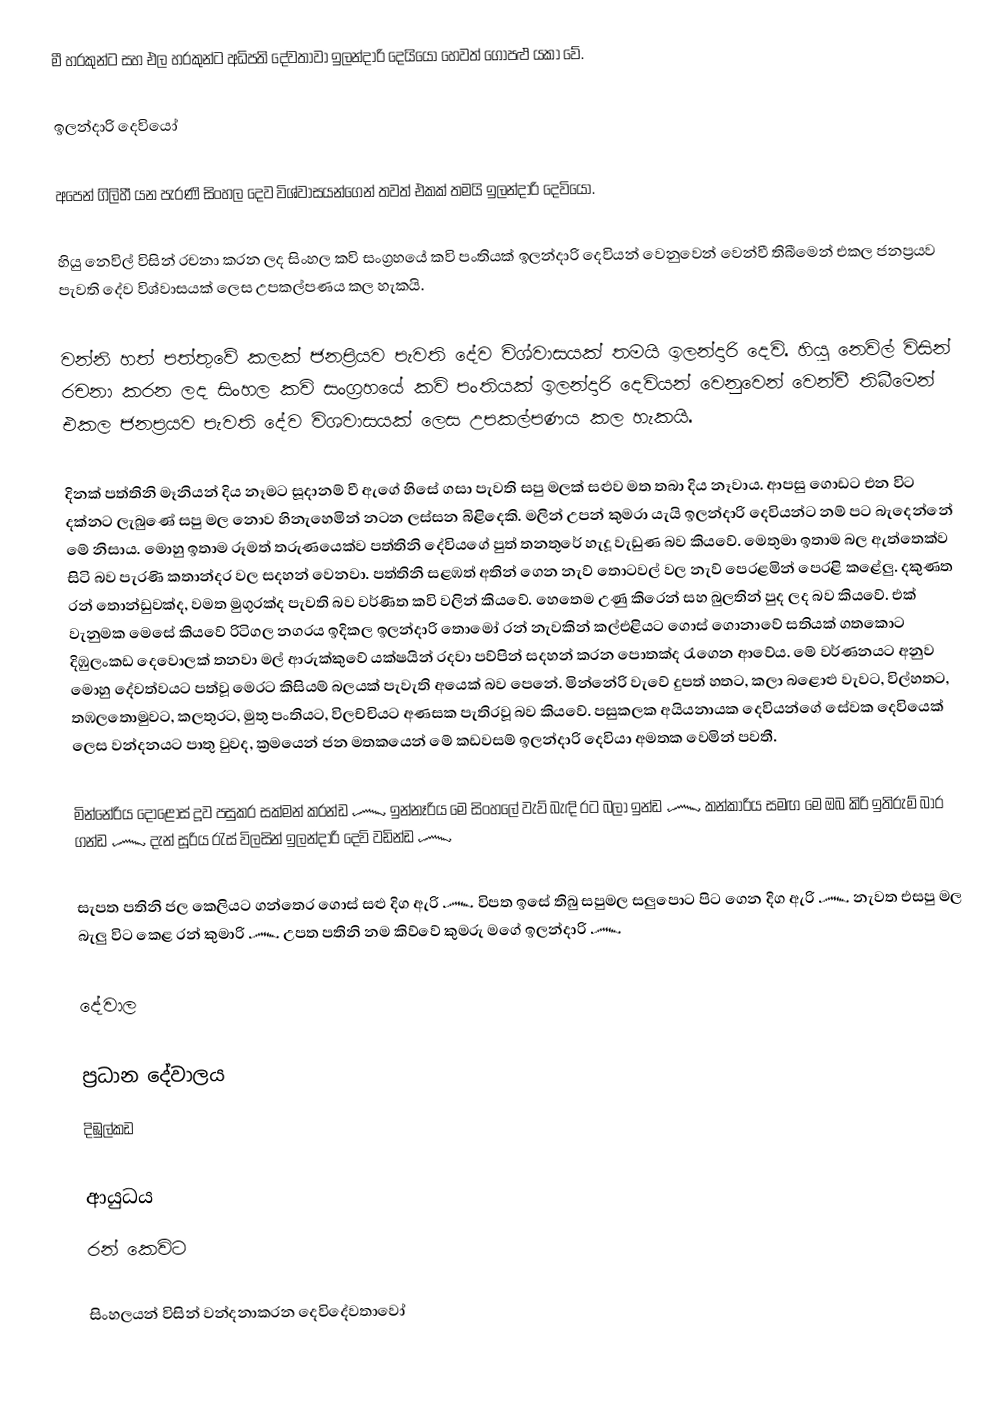
මී හරකුන්ට සහ එල හරකුන්ට අධිපති දේවතාවා ඉලන්දාරි දෙයියෝ හෙවත් ගොපළු යකා වේ.

ඉලන්දාරි දෙවියෝ

අපෙන් ගිලිහී යන පැරණි සිංහල දෙව විශ්වාසයන්ගෙන් තවත් එකක් තමයි ඉලන්දාරි දෙවියෝ.

හියු නෙවිල් විසින් රචනා කරන ලද සිංහල කවි සංග්‍රහයේ කවි පංතියක් ඉලන්දාරි දෙවියන් වෙනුවෙන් වෙන්වී තිබීමෙන් එකල ජනප්‍රයව පැවති දේව විශ්වාසයක් ලෙස උපකල්පණය කල හැකයි.

වන්නි හත් පත්තුවේ කලක් ජනප්‍රියව පැවති දේව විශ්වාසයක් තමයි ඉලන්දාරි දෙවි. හියු නෙවිල් විසින් රචනා කරන ලද සිංහල කවි සංග්‍රහයේ කවි පංතියක් ඉලන්දාරි දෙවියන් වෙනුවෙන් වෙන්වී තිබීමෙන් එකල ජනප්‍රයව පැවති දේව විශවාසයක් ලෙස උපකල්පණය කල හැකයි.

දිනක් පත්තිනි මෑනියන් දිය නෑමට සූදානම් වී ඇගේ හිසේ ගසා පැවති සපු මලක් සළුව මත තබා දිය නෑවාය. ආපසු ගොඩට එන විට දක්නට ලැබුණේ සපු මල නොව හිනැහෙමින් නටන ලස්සන බිළිදෙකි. මලින් උපන් කුමරා යැයි ඉලන්දාරි දෙවියන්ට නම් පට බැදෙන්නේ මේ නිසාය. මොහු ඉතාම රූමත් තරුණයෙක්ව පත්තිනි දේවියගේ පුත් තනතුරේ හැදූ වැඩුණ බව කියවේ. මෙතුමා ඉතාම බල ඇත්තෙක්ව සිටි බව පැරණි කතාන්දර වල සදහන් වෙනවා. පත්තිනි සළඹත් අතින් ගෙන නැව් තොටවල් වල නැව් පෙරළමින් පෙරළි කළේලු. දකුණත රන් තොන්ඩුවක්ද, වමත මුගුරක්ද පැවති බව වර්ණිත කවි වලින් කියවේ. හෙතෙම උණු කිරෙන් සහ බුලතින් පුද ලද බව කියවේ. එක් වැනුමක මෙසේ කියවේ රිටිගල නගරය ඉදිකල ඉලන්දාරි තොමෝ රන් නැවකින් කල්එළියට ගොස් ගොනාවේ සතියක් ගතකොට දිඹුලංකඩ දෙවොලක් තනවා මල් ආරුක්කුවේ යක්ෂයින් රදවා පව්පින් සදහන් කරන පොතක්ද රැගෙන ආවේය. මේ වර්ණනයට අනුව මොහු දේවත්වයට පත්වූ මෙරට කිසියම් බලයක් පැවැති අයෙක් බව පෙනේ. මින්නේරි වැවේ දුපත් හතට, කලා බළොළු වැවට, විල්හතට, තඹලතොමුවට, කලතුරට, මුතු පංතියට, විලච්චියට අණසක පැතිරවූ බව කියවේ. පසුකලක අයියනායක දෙවියන්ගේ සේවක දෙවියෙක් ලෙස වන්දනයට පාතු වුවද, ක්‍රමයෙන් ජන මතකයෙන් මේ කඩවසම් ඉලන්දාරි දෙවියා අමතක වෙමින් පවතී.

මින්නේරිය දොළොස් දූව පසුකර සක්මන් කරන්ඩ ෴ ඉන්නෑරිය මෙ සිංහලේ වැව් බැඳි රට බලා ඉන්ඩ ෴ කන්කාරිය සමඟ මෙ ඔබ කිරි ඉතිරුම් බාර ගන්ඩ ෴ දැන් සූරිය රැස් විලසින් ඉලන්දාරි දෙවි වඩින්ඩ ෴

සැපත පතිනි ජල කෙලියට ගන්තෙර ගොස් සළු දිග ඇරි ෴ විපත ඉසේ තිබු සපුමල සලුපොට පිට ගෙන දිග ඇරි ෴ නැවත එසපු මල බැලු විට කෙළ රන් කුමාරි ෴ උපත පතිනි නම කිව්වේ කුමරු මගේ ඉලන්දාරි ෴

දේවාල

ප්‍රධාන දේවාලය
දිඹුල්කඩ

ආයුධය
රන් කෙවිට

සිංහලයන් විසින් වන්දනාකරන දෙවිදේවතාවෝ